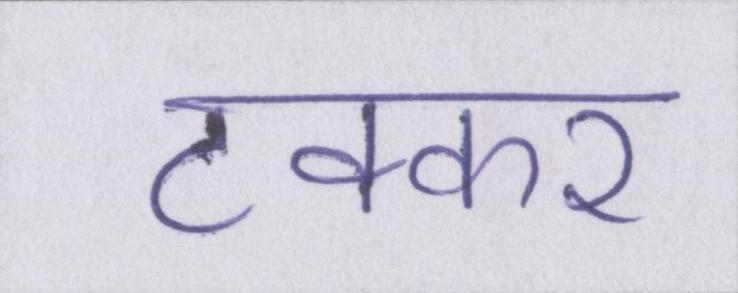
टक्कर